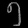
Digit: ၅